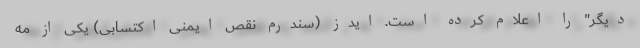
دیگر" را اعلام کرده است. ایدز (سندرم نقص ایمنی اکتسابی) یکی از مه